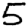
Digit: 5